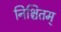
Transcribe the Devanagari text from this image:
निश्चितम्